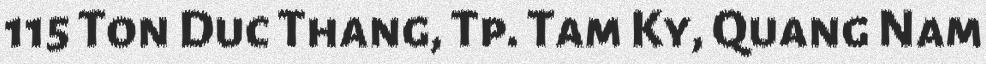
115 Ton Duc Thang, Tp. Tam Ky, Quang Nam